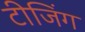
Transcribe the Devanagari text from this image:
टीजिंग